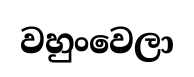
වහුංවෙලා